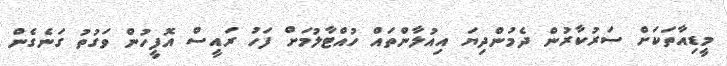
މީޑިއާތަކަށް ސަރުކާރުން ދެމުންދިޔަ އިއުލާންތައް ހުއްޓާލުމަށް ފަހު ރައީސް އޮފީހުން ވަގުތު ގަނެގެން